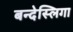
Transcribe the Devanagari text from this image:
बन्देस्लिगा